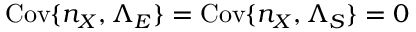
\mathrm { C o v } \{ n _ { X } , \Lambda _ { E } \} = \mathrm { C o v } \{ n _ { X } , \Lambda _ { S } \} = 0